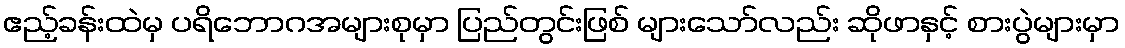
ဧည့်ခန်းထဲမှ ပရိဘောဂအများစုမှာ ပြည်တွင်းဖြစ် များသော်လည်း ဆိုဖာနှင့် စားပွဲများမှာ